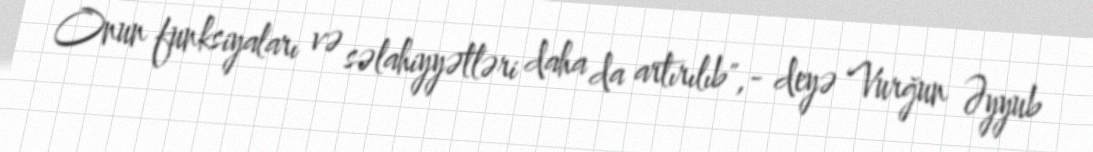
Onun funksiyaları və səlahiyyətləri daha da artırılıb",- deyə Vurğun Əyyub